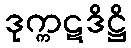
ဒုက္ကဋဒိဋ္ဌိ